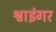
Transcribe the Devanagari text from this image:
श्वाइंगर